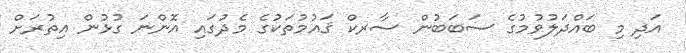
އަދި މި ބައްދަލުވުމުގެ ސަބަބުން ސާރކް ޤައުމުތަކުގެ މެދުގައި އޮންނަ ގުޅުން އިތުރަށް